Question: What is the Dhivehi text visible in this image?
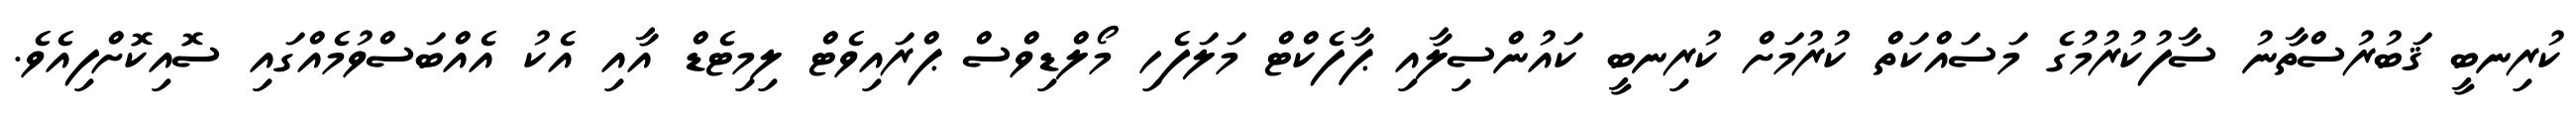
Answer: ކުރިނބީ ޤަބުރުސްތާނު ސާފުކުރުމުގެ މަސައްކަތް ކުރުމަށް ކުރިނބީ ކައުންސިލާއި ޕާފެކްޓް މަލަފެހި މޯލްޑިވްސް ޕްރައިވެޓް ލިމިޓެޑް އާއި އެކު އެއްބަސްވުމެއްގައި ސޮއިކޮށްފިއެވެ.